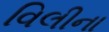
વિલીના